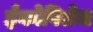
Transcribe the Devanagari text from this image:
ईकोविलेज